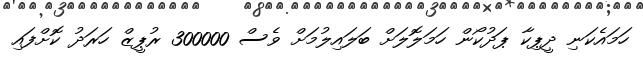
ހަމައެކަނި ދީޕިކާ ޕަދުކޯން ހަމަލޮލަށް ބަލައިލުމަށް ވެސް 300000 ރުޕީޒް ހަރަދު ކޮށްފައި